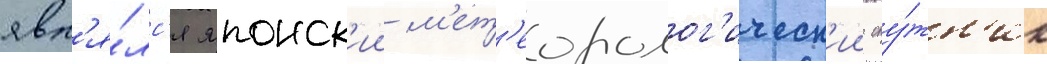
явл'я́лс'я японск'ии м'ет'еоролог'ическ'ии спу́тн'ик